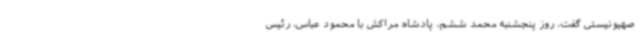
صهیونیستی گفت، روز پنجشنبه محمد ششم، پادشاه مراکش با محمود عباس، رئیس